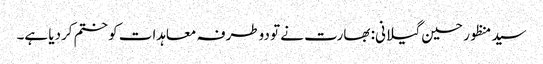
سید منظور حسین گیلانی: بھارت نے تو دوطرفہ معاہدات کو ختم کردیا ہے۔